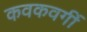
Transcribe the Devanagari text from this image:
कवकवर्गी